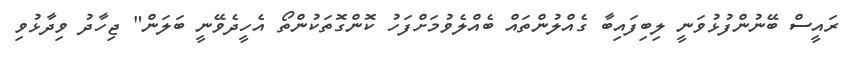
ރައީސް ބޭނުންފުޅުވަނީ ލިބިފައިބާ ގެއްލުންތައް ބެއްލެވުމަށްފަހު ކޮންގޮތަކުންތޯ އެހީދެވޭނީ ބަލަން" ޖިހާދު ވިދާޅުވި